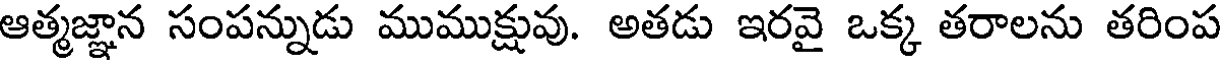
ఆత్మజ్ఞాన సంపన్నుడు ముముక్షువు. అతడు ఇరవై ఒక్క తరాలను తరింప